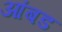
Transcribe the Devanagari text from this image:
आंबड